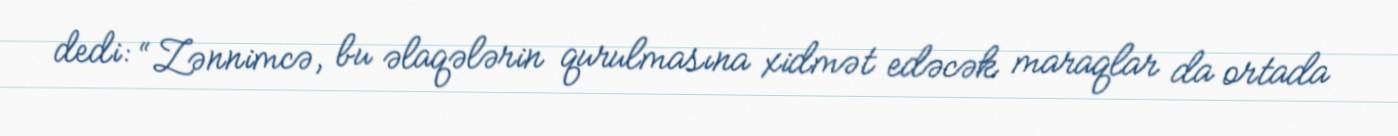
dedi: “Zənnimcə, bu əlaqələrin qurulmasına xidmət edəcək maraqlar da ortada